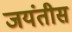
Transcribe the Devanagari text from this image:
जयंतीस